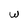
Character: w